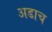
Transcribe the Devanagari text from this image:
अडाच